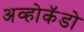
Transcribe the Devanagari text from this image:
अव्होकॅडो